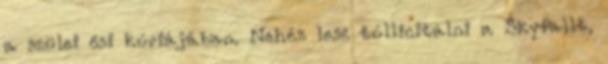
a szülei ősi kúriájában. Nehéz lesz túllicitálni a Skyfallt,